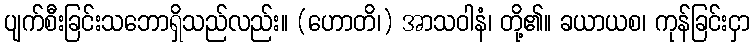
ပျက်စီးခြင်းသဘောရှိသည်လည်း။ (ဟောတိ၊) အာသဝါနံ၊ တို့၏။ ခယာယစ၊ ကုန်ခြင်းငှာ